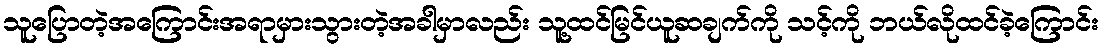
သူပြောတဲ့အကြောင်းအရာမှားသွားတဲ့အခါမှာလည်း သူ့ထင်မြင်ယူဆချက်ကို သင့်ကို ဘယ်လိုထင်ခဲ့ကြောင်း